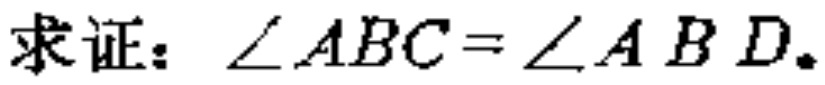
求证：\(\angle ABC = \angle ABD\).